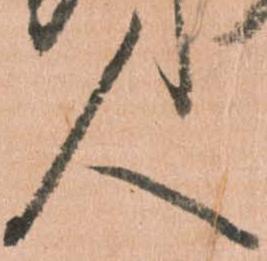
人